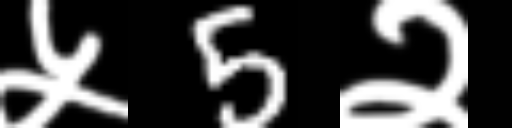
Text: ५5२